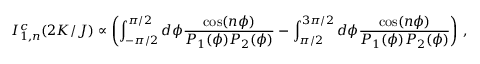
I _ { 1 , n } ^ { c } ( 2 K / J ) \propto \left( \int _ { - \pi / 2 } ^ { \pi / 2 } d \phi \frac { \cos ( n \phi ) } { { \cal P } _ { 1 } ( \phi ) { \cal P } _ { 2 } ( \phi ) } - \int _ { \pi / 2 } ^ { 3 \pi / 2 } d \phi \frac { \cos ( n \phi ) } { { \cal P } _ { 1 } ( \phi ) { \cal P } _ { 2 } ( \phi ) } \right) \, ,